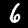
Digit: 6